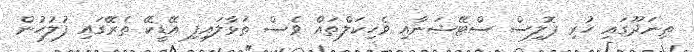
ތިނަދޫގައި ހުރި ޕޮލިސް ސްޓޭޝަނާއި ވެހިކަލްތައް ވެސް ތަޅާލައިފި އޭޑީކޭ ތެރޭގައި ފުލުހުން